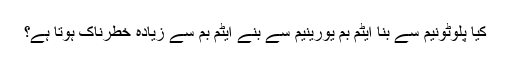
کیا پلوٹونیم سے بنا ایٹم بم یورینیم سے بنے ایٹم بم سے زیادہ خطرناک ہوتا ہے؟